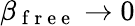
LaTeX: \beta_{\mathrm{~f~r~e~e~}}\rightarrow 0